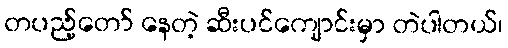
တပည့်တော် နေတဲ့ ဆီးပင်ကျောင်းမှာ တဲပါတယ်၊